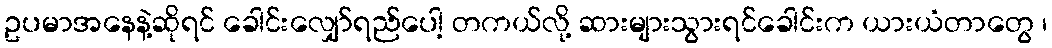
ဥပမာအနေနဲ့ဆိုရင် ခေါင်းလျှော်ရည်ပေါ့ တကယ်လို့ ဆားများသွားရင်ခေါင်းက ယားယံတာတွေ ၊